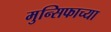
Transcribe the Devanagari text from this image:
मुन्सिफाच्या